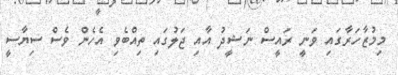
މިމުޒާހަރާގައި ވަނީ ރައީސް ނަޝީދު އާއި ޖަލުގައި ތިއްބެވި އެހެން ވެސް ސިޔާސީ